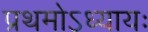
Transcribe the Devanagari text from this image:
प्रथमोऽध्यायः